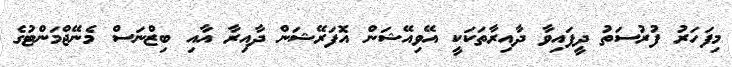
މިފަހަރު ފުރުސަތު ދީފައިވާ ދާއިރާތަކަކީ އޭވިއޭޝަން އޮފަރޭޝަން ދާއިރާ އާއި ބިޒްނަސް މެނޭޖްމަންޓުގެ